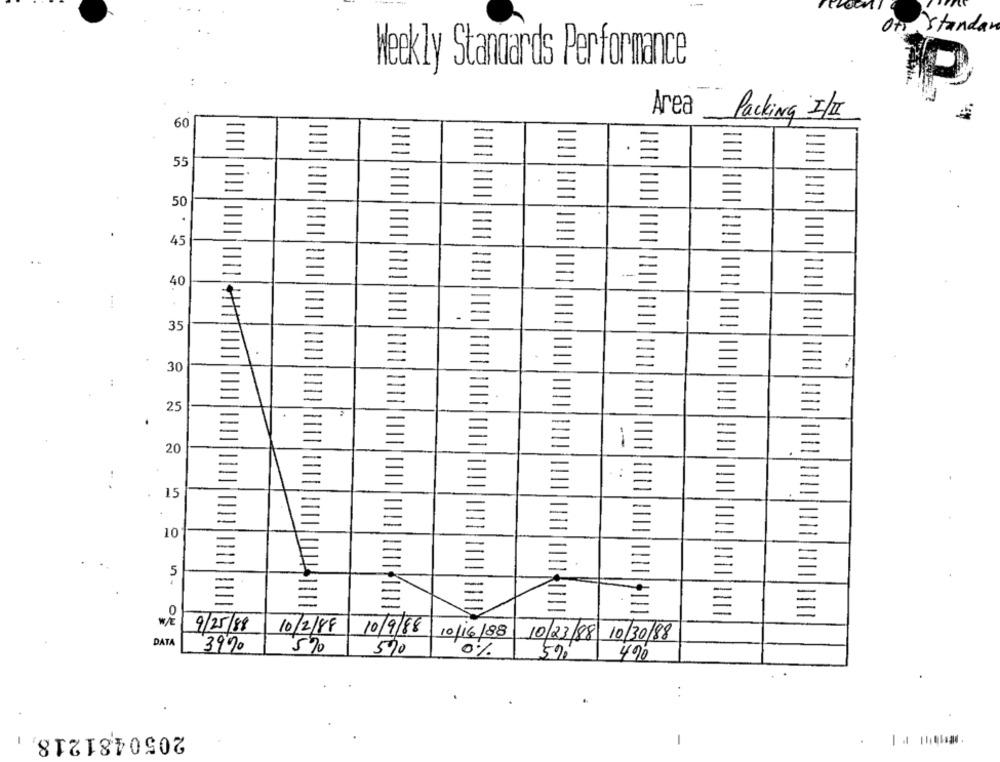
Ot Standan
Weekly Standards Performance
Area
Packing I/II
60
55
50
45
40
35
30
25
20
15
E
=
10
=
5
=
W / E
9/25/88
10/2/88
10/9/88 10/16/88
10/23/88 10/30/88
DATA
3990
5%
570
0%
5%
490
2050481218,
-